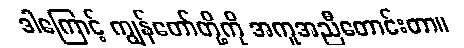
ဒါကြောင့် ကျွန်တော်တို့ကို အကူအညီတောင်းတာ။